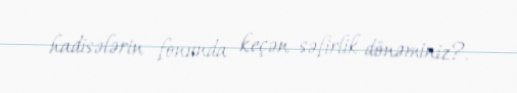
hadisələrin fonunda keçən səfirlik dönəminiz?.